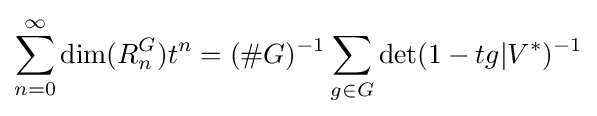
\sum _{n=0}^{\infty }\dim(R_{n}^{G})t^{n}=(\#G)^{-1}\sum _{g\in G}\det(1-tg|V^{*})^{-1}